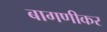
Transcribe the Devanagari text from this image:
बागणीकर